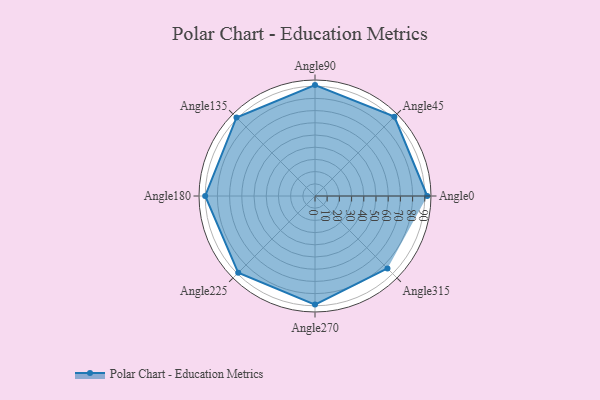
{"axis": {"x": "Angle", "y": "Radius"}, "legend": [""], "data": [{"x": "Angle0", "y": 92.0, "type": ""}, {"x": "Angle45", "y": 92.0, "type": ""}, {"x": "Angle90", "y": 91.0, "type": ""}, {"x": "Angle135", "y": 91.0, "type": ""}, {"x": "Angle180", "y": 90.0, "type": ""}, {"x": "Angle225", "y": 89.0, "type": ""}, {"x": "Angle270", "y": 89.0, "type": ""}, {"x": "Angle315", "y": 84.0, "type": ""}]}